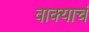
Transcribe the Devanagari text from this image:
वाक्याचं